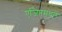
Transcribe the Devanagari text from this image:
एजिप्तमधले